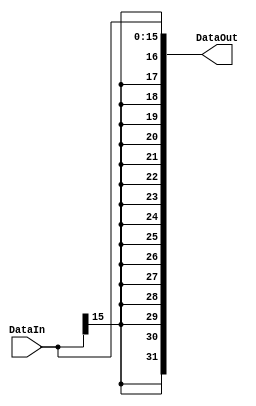
`timescale 1ns / 1ps
//////////////////////////////////////////////////////////////////////////////////
// Company: 
// Engineer: 
// 
// Design Name: 
// Module Name: SignedExtend
// Project Name: 
// Target Devices: 
// Tool Versions: 
// Description: 
// 
// Dependencies: 
// 
// Revision:
// Revision 0.01 - File Created
// Additional Comments:
// 
//////////////////////////////////////////////////////////////////////////////////


module SignedExtend(DataIn, DataOut);
    input  [15:0] DataIn;
    output [31:0] DataOut;
    assign DataOut = {{16{DataIn[15]}}, DataIn};
endmodule